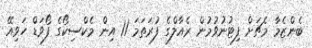
ބެންޒެމާ މެޗަށް ފިޓުނުވުމުން ރެއާލްގެ ފުރަތަމަ 11 އިން މެކްސިކޯގެ ފޯވަޑް ހަވިއޭ